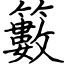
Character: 籔